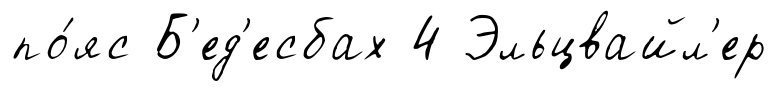
по́яс Б'ед'есбах 4 Эльцвайл'ер